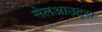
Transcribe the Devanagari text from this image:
सेलआउट्स